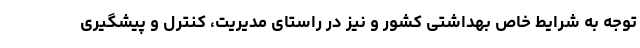
توجه به شرایط خاص بهداشتی کشور و نیز در راستای مدیریت، کنترل و پیشگیری